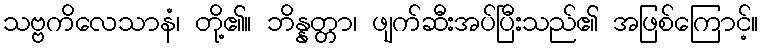
သဗ္ဗကိလေသာနံ၊ တို့၏။ ဘိန္နတ္တာ၊ ဖျက်ဆီးအပ်ပြီးသည်၏ အဖြစ်ကြောင့်။